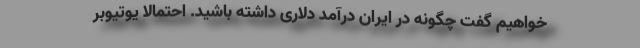
خواهیم گفت چگونه در ایران درآمد دلاری داشته باشید. احتمالا یوتیوبر